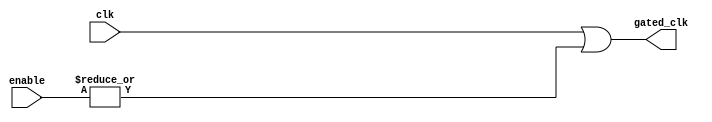
module clock_gating (
    input wire clk,            // Main clock input
    input wire [N-1:0] enable, // Enable signals (N can be defined as needed)
    output wire gated_clk      // Gated clock output
);

// Parameter to define the number of enable signals
parameter N = 2; // Adjust this value based on the number of enable signals

// OR gate logic to combine the enable signals
wire enable_combined;

// Combine enable signals using OR logic
assign enable_combined = |enable; // Bitwise OR of all enable signals

// Gated clock output logic
assign gated_clk = clk | enable_combined;

endmodule